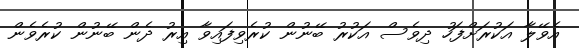
އެވޭލާ އަކުރަށްފަހު ދިވެސް އަކުރު ބޭނުން ކުރެވިފައިވާ އިރު ދެން ބޭނުން ކުރެވެން